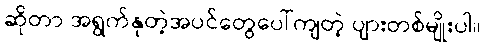
ဆိုတာ အရွက်နုတဲ့အပင်တွေပေါ်ကျတဲ့ ပျားတစ်မျိုးပါ။